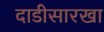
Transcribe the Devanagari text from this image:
दाडीसारखा